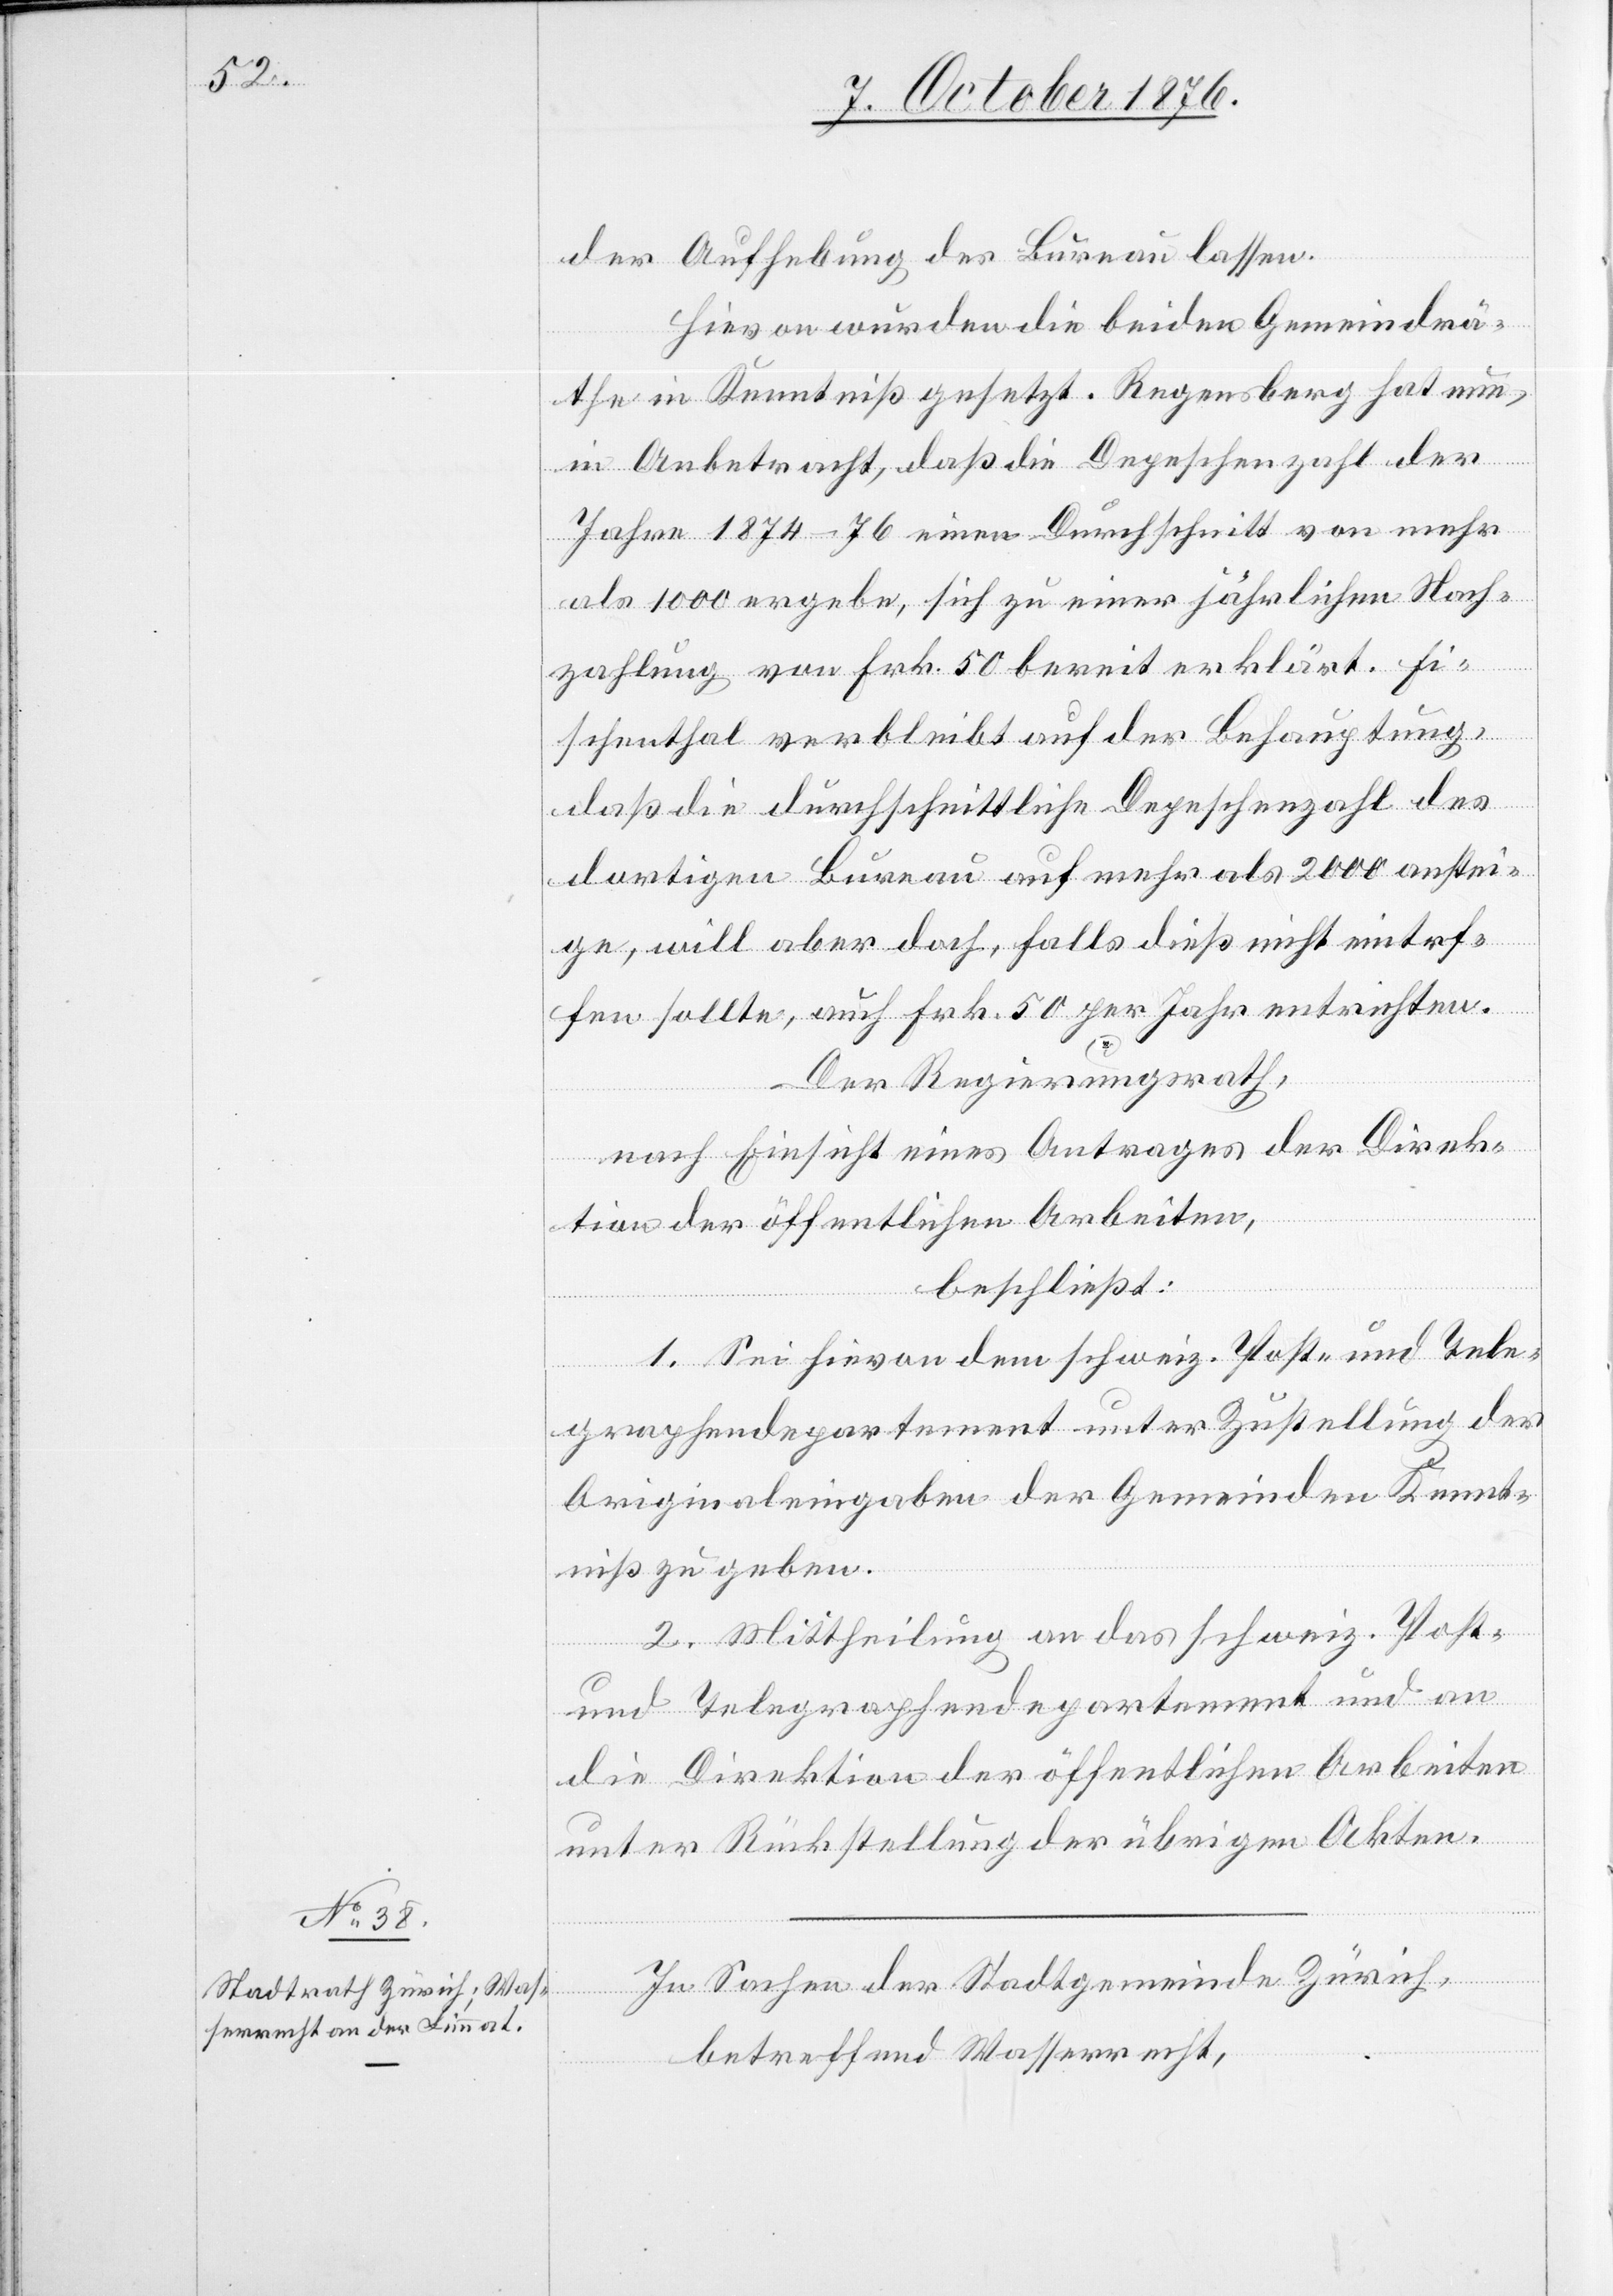
der Aufhebung des Bureau lassen.
Hievon wurden die beiden Gemeindrä¬
the in Kenntniß gesetzt. Regensberg hat nun,
in Anbetracht, daß die Depeschenzahl der
Jahre 1874–76 einen Durchschnitt von mehr
als 1000 ergebe, sich zu einer jährlichen Nach¬
zahlung von Frk. 50 bereit erklärt. Fi¬
schenthal verbleibt auf der Behauptung,
daß die durchschnittliche Depeschenzahl des
dortigen Bureau auf mehr als 2000 anstei¬
ge, will aber doch, falls dieß nicht eintref¬
fen sollte, auch Frk. 50 per Jahr entrichten.
Der Regierungsrath,
nach Einsicht eines Antrages der Direk¬
tion der öffentlichen Arbeiten,
beschließt:
1. Sei hievon dem schweiz. Post- und Tele¬
graphendepartement unter Zustellung der
Originaleingaben der Gemeinden Kennt¬
niß zu geben.
2. Mittheilung an das schweiz. Post-
und Telegraphendepartement und an
die Direktion der öffentlichen Arbeiten
unter Rückstellung der übrigen Akten.
In Sachen der Stadtgemeinde Zürich,
betreffend Wasserrecht,